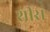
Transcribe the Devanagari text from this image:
शीसं